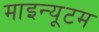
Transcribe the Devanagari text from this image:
माइन्यूटम